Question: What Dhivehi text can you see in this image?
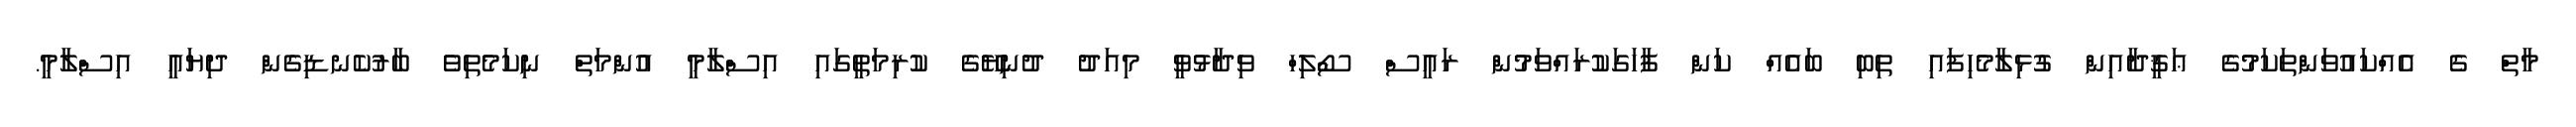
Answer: މާތް ގެ އެއްކައުވަންތަކަމުގެ ޢަޤީދާއިން ގުޅިލާމެހިފައި ތިބި ބައެއް ކަން ފާހަގަކުރައްވަމުން ރައީސް ސޯލިހް ވިދާޅުވީ މިއަދު ދުނިޔޭގެ ކުރިމަތީގައި އިސްލާމީ އުންމަތް ނިކަމެތިވެ ބާރުކެނޑިގެން ދިޔައީ އިސްލާމީ.